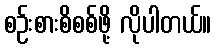
စဉ်းစားစိစစ်ဖို့ လိုပါတယ်။